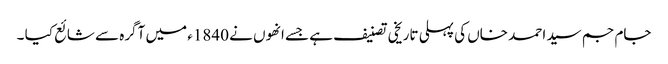
جام جم سید احمد خاں کی پہلی تاریخی تصنیف ہے جسے انھوں نے 1840ء میں آگرہ سے شائع کیا ۔